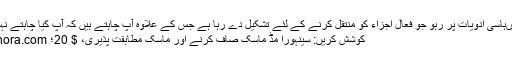
اصل مںہاسی ادویات پر رہو جو فعال اجزاء کو منتقل کرنے کے لئے تشکیل دے رہا ہے جس کے علاوہ آپ چاہتے ہیں کہ آپ کیا چاہتے نہیں ہیں.
کوشش کریں: سینہورا مڈ ماسک صاف کرنے اور ماسک مطابقت پذیری، $ 20؛ sephora.com.